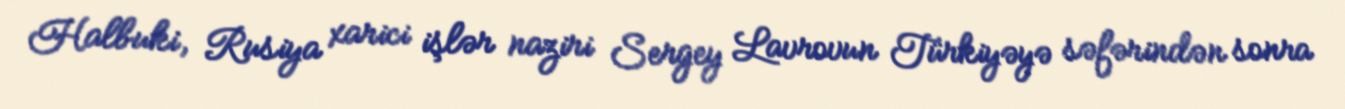
Halbuki, Rusiya xarici işlər naziri Sergey Lavrovun Türkiyəyə səfərindən sonra